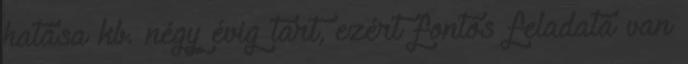
hatása kb. négy évig tart, ezért fontos feladata van